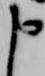
申